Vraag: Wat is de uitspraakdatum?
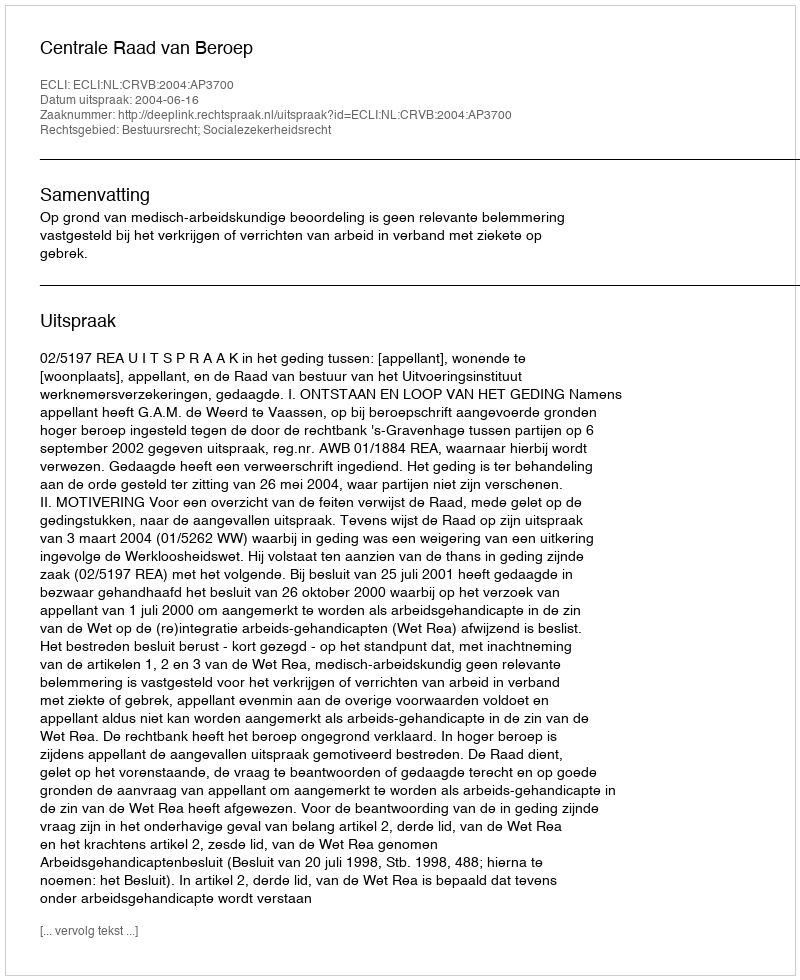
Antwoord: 2004-06-16